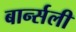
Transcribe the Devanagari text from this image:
बार्न्सली